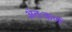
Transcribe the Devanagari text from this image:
अंतःकर्ण